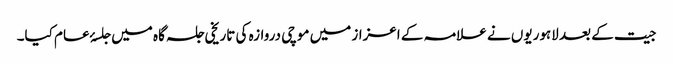
جیت کے بعد لاہوریوں نے علامہ کے اعزاز میں موچی دروازہ کی تاریخی جلسہ گاہ میں جلسۂ عام کیا۔